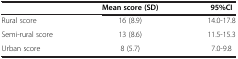
<table><thead><tr><td><b> </b></td><td><b>Mean score (SD)</b></td><td><b>95%CI</b></td></tr></thead><tbody><tr><td>Rural score</td><td>16 (8.9)</td><td>14.0-17.8</td></tr><tr><td>Semi-rural score</td><td>13 (8.6)</td><td>11.5-15.3</td></tr><tr><td>Urban score</td><td>8 (5.7)</td><td>7.0-9.8</td></tr></tbody></table>